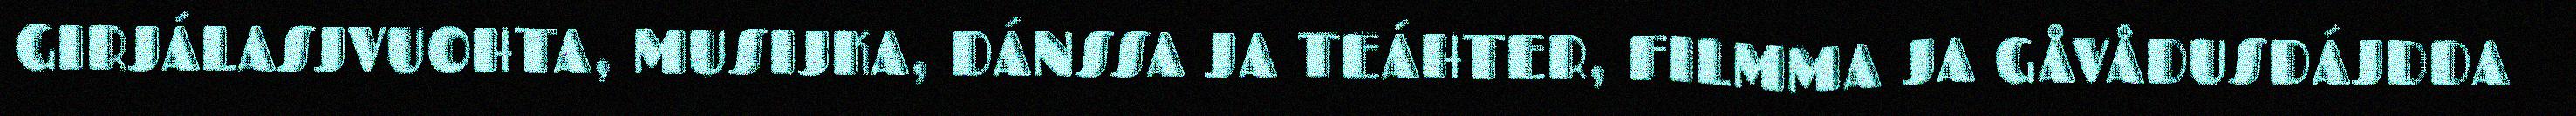
GIRJÁLASJVUOHTA, MUSIJKA, DÁNSSA JA TEÁHTER, FILMMA JA GÅVÅDUSDÁJDDA